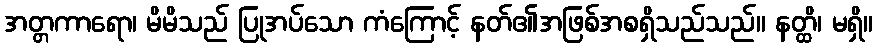
အတ္တကာရော၊ မိမိသည် ပြုအပ်သော ကံကြောင့် နတ်၏အဖြစ်အစရှိသည်သည်။ နတ္ထိ၊ မရှိ။